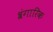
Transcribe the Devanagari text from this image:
श्रंगारिक